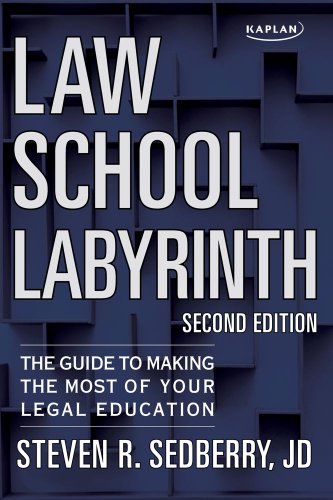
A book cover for Law School Labyrinth: The Guide to Making the Most of Your Legal Education; Steven R Sedberry; Education & Teaching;